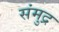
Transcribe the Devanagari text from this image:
संमुद्र